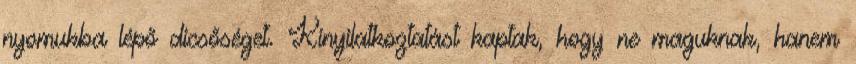
nyomukba lépő dicsőséget. Kinyilatkoztatást kaptak, hogy ne maguknak, hanem